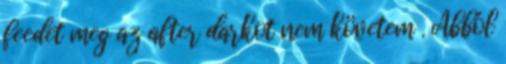
feedet meg az after darkot nem követem . Abból